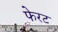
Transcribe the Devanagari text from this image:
फेरट